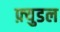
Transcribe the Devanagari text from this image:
फ़्युडल